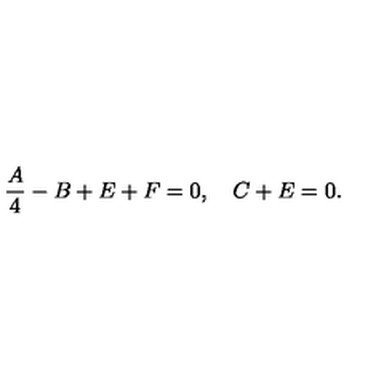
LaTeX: \frac { A } { 4 } - B + E + F = 0 , \quad C + E = 0 .